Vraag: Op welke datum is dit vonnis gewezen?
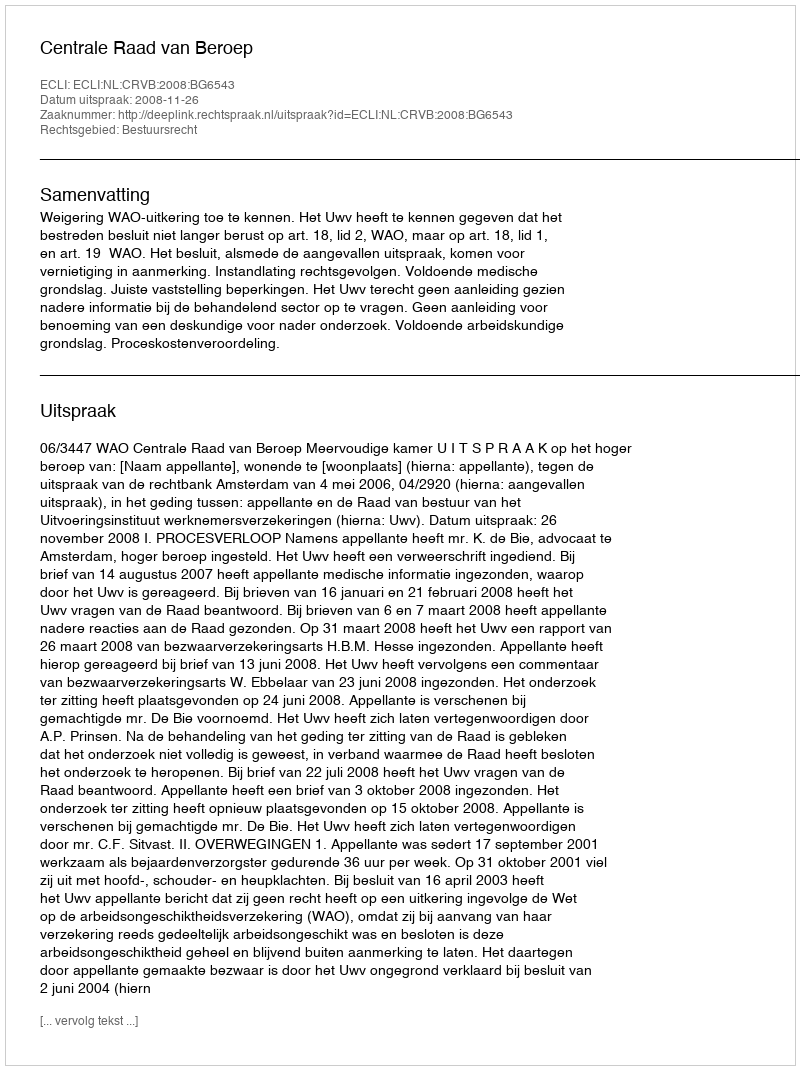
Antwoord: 2008-11-26